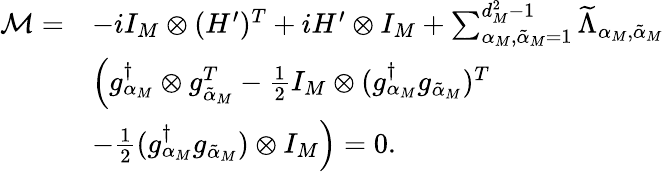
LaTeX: \begin{array}{rl}{\mathcal{M}=}&{-iI_{M}\otimes(H^{\prime})^{T}+iH^{\prime}\otimes I_{M}+\sum_{\alpha_{M},{\tilde{\alpha}}_{M}=1}^{d_{M}^{2}-1}\widetilde{\Lambda}_{\alpha_{M},{\tilde{\alpha}}_{M}}}\\ &{\Big(g_{\alpha_{M}}^{\dagger}\otimes g_{{\tilde{\alpha}}_{M}}^{T}-\frac{1}{2}I_{M}\otimes(g_{\alpha_{M}}^{\dagger}g_{{\tilde{\alpha}}_{M}})^{T}}\\ &{-\frac{1}{2}(g_{\alpha_{M}}^{\dagger}g_{{\tilde{\alpha}}_{M}})\otimes I_{M}\Big)=0.}\end{array}